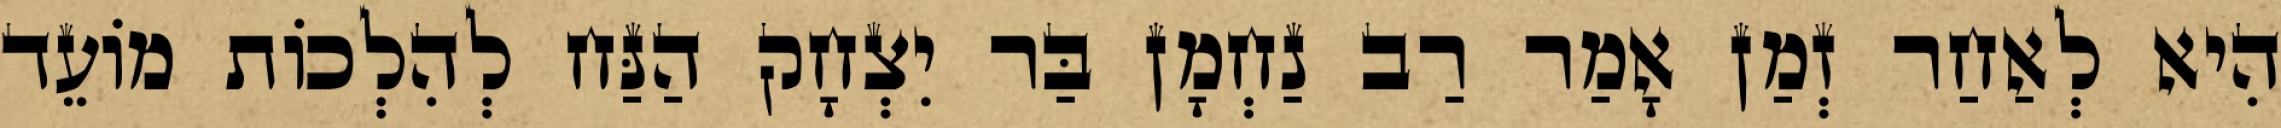
הִיא לְאַחַר זְמַן אָמַר רַב נַחְמָן בַּר יִצְחָק הַנַּח לְהִלְכוֹת מוֹעֵד